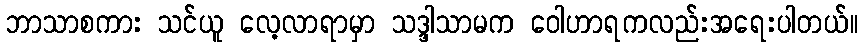
ဘာသာစကား သင်ယူ လေ့လာရာမှာ သဒ္ဒါသာမက ဝေါဟာရကလည်းအရေးပါတယ်။